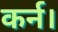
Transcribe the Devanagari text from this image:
कर्न।